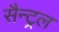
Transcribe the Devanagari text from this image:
सैन्ट्रल